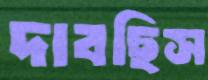
দাবছিস